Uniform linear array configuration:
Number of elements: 64
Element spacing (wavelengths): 0.5
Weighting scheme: cosine
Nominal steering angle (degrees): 30
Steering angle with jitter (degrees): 28.032
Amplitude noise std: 0.05
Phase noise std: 0.05

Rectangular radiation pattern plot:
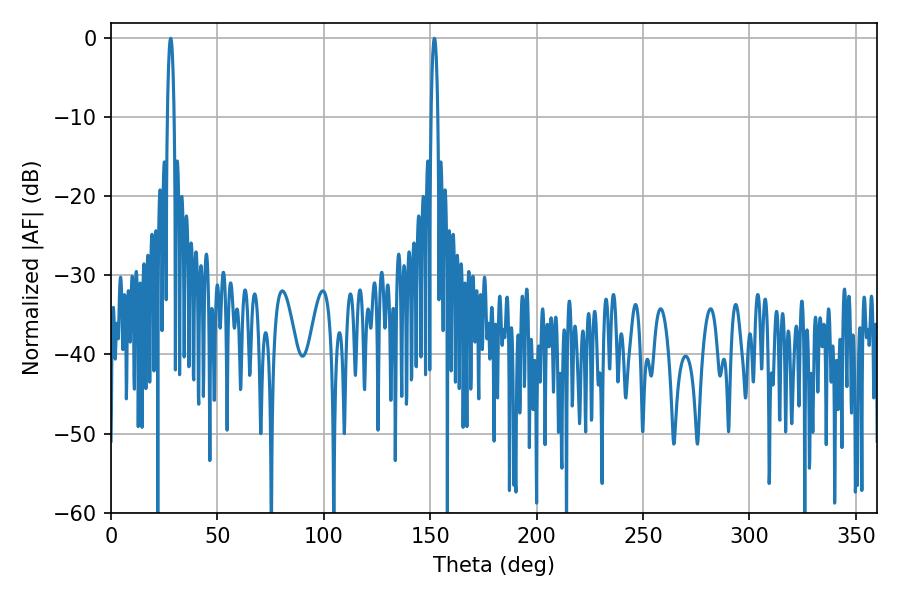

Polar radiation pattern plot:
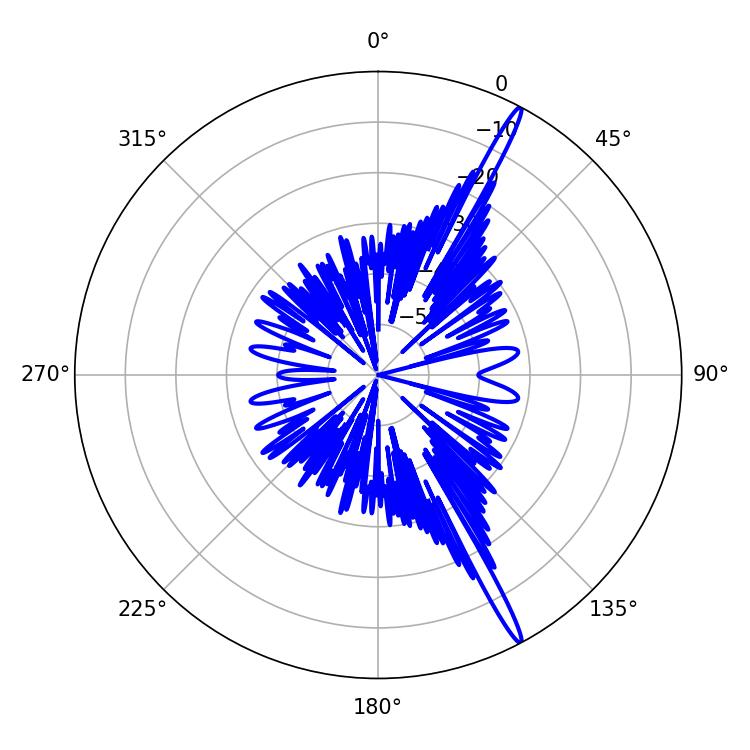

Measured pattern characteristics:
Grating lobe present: FALSE
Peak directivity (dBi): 17.736
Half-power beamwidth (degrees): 1.8
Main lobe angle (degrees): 151.92